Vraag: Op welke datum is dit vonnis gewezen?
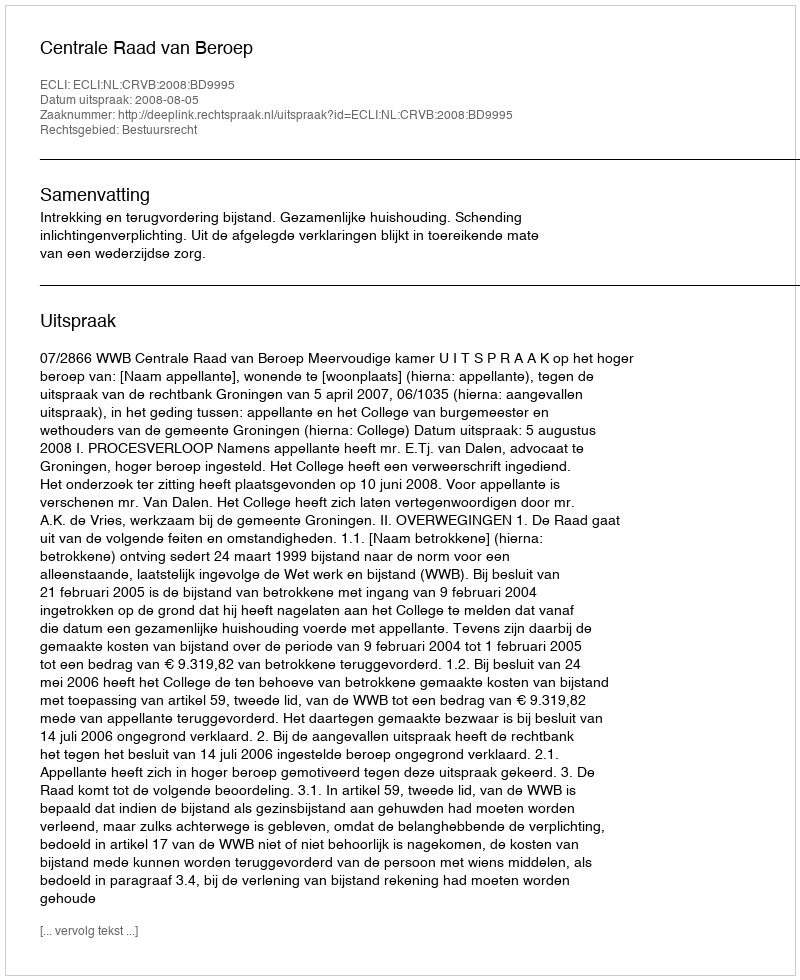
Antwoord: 2008-08-05